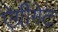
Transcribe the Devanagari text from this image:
ऐग्रीगेट